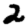
Digit: 2